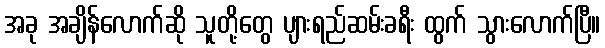
အခု အချိန်လောက်ဆို သူတို့တွေ ပျားရည်ဆမ်းခရီး ထွက် သွားလောက်ပြီ။